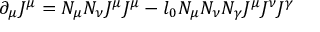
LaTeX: \partial _ { \mu } J ^ { \mu } = N _ { \mu } N _ { \nu } J ^ { \mu } J ^ { \mu } - l _ { 0 } N _ { \mu } N _ { \nu } N _ { \gamma } J ^ { \mu } J ^ { \nu } J ^ { \gamma }